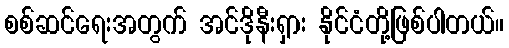
စစ်ဆင်ရေးအတွက် အင်ဒိုနီးရှား နိုင်ငံတို့ဖြစ်ပါတယ်။